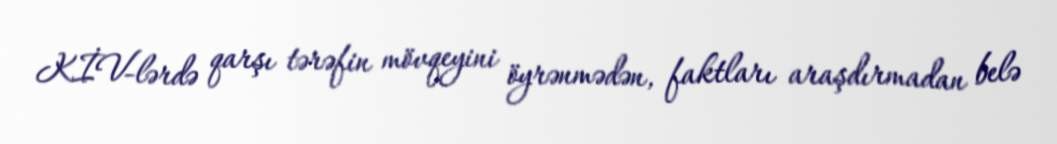
KİV-lərdə qarşı tərəfin mövqeyini öyrənmədən, faktları araşdırmadan belə